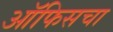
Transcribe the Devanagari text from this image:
ऑफिसचा